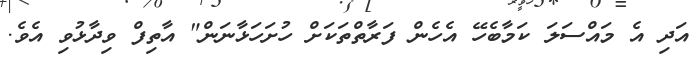
އަދި އެ މައްސަލަ ކަމާބެހޭ އެހެން ފަރާތްތަކަށް ހުށަހަޅާނަން" އާތިފް ވިދާޅުވި އެވެ.